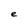
Character: e